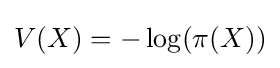
V(X)=-\log(\pi (X))